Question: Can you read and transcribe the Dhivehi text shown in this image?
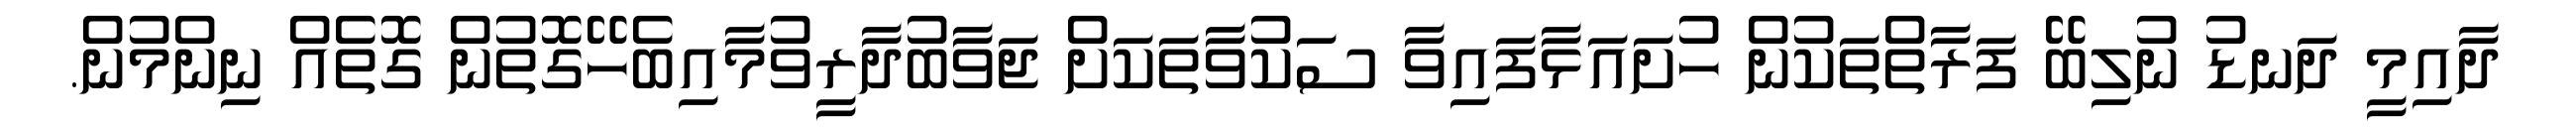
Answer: ދާއިމީ ދަނޑު ނުލިބޭ ފަރާތްތަކުން ހުށައަޅާފައިވާ ސަކުވާތަކަށް ޖަވާބުދާރީވުމާއިބެހޭގޮތުން ގޮތެއް ނިންމުން.